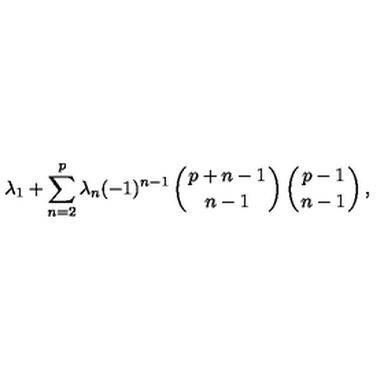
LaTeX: \lambda _ { 1 } + \sum _ { n = 2 } ^ { p } \lambda _ { n } ( - 1 ) ^ { n - 1 } \left( { p + n - 1 \atop n - 1 } \right) \left( { p - 1 \atop n - 1 } \right) ,